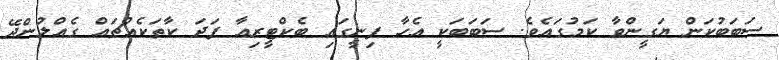
ސަބަބުކަން ޔަގީންވާ ކަމުގައެވެ. ސަބަބަކީ އެހާ ފިނީގައި ބެކްޓީރިއާ ފަދަ ކާތަކެއްޗައް ގެއްލުންދޭ